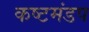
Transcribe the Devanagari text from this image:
कष्टमंडप